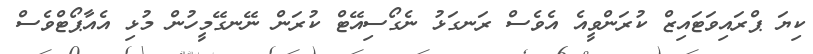
ކިޔަ ޕްރައިވަޓައިޒް ކުރަންވީއެ އެވެސް ރަނގަޅު ނެގޯސިއޭޓް ކުރަން ނޭނގޭމީހުން މުޅި އެއާޕޯޓްވެސް